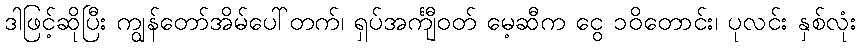
ဒါဖြင့်ဆိုပြီး ကျွန်တော်အိမ်ပေါ်တက်၊ ရှပ်အင်္ကျီဝတ် မေ့ဆီက ငွေ ၁၀ိတောင်း၊ ပုလင်း နှစ်လုံး